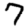
Digit: 7